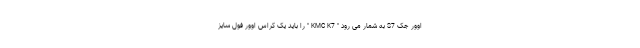
اوور جک S7 به شمار می رود " KMC K7 " را باید یک کراس اوور فول سایز